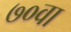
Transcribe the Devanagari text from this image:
७०वा